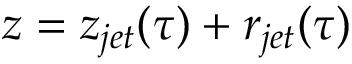
z = z _ { j e t } ( \tau ) + r _ { j e t } ( \tau )